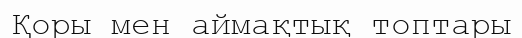
Қоры мен аймақтық топтары